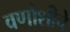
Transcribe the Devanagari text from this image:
वणौशीचे